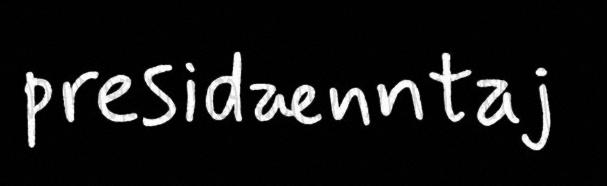
presidænntaj